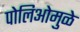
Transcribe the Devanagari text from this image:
पोलिओमुळे